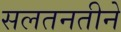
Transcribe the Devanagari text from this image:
सलतनतीने